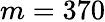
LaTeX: m=370